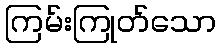
ကြမ်းကြုတ်သော